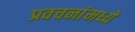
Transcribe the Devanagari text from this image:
प्रवचनांमध्ये